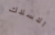
الاسلاك